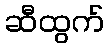
ဆီထွက်